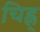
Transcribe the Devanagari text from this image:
चिह्न्